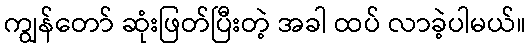
ကျွန်တော် ဆုံးဖြတ်ပြီးတဲ့ အခါ ထပ် လာခဲ့ပါမယ်။